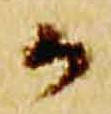
々